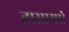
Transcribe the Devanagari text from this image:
तासामधे